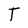
Character: T